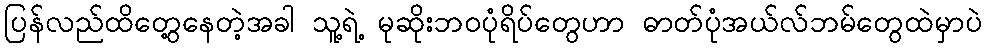
ပြန်လည်ထိတွေ့နေတဲ့အခါ သူ့ရဲ့ မုဆိုးဘဝပုံရိပ်တွေဟာ ဓာတ်ပုံအယ်လ်ဘမ်တွေထဲမှာပဲ